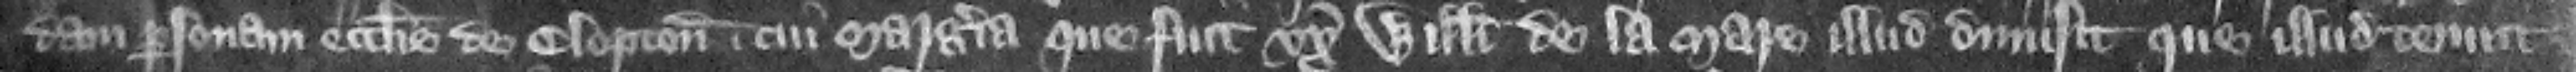
dam personam ecclesie de Clopton cui Margeria que fuit vxor Willelmi de la Mare illud dimisit que illud tenuit